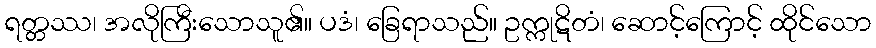
ရတ္တဿ၊ အလိုကြီးသောသူ၏။ ပဒံ၊ ခြေရာသည်။ ဥက္ကုဋိတံ၊ ဆောင့်ကြောင့် ထိုင်သော